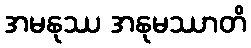
အမနုဿ အနုမဿာတိ